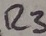
Text: R3